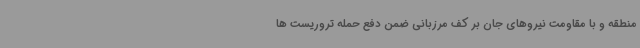
منطقه و با مقاومت نیروهای جان بر کف مرزبانی ضمن دفع حمله تروریست ها